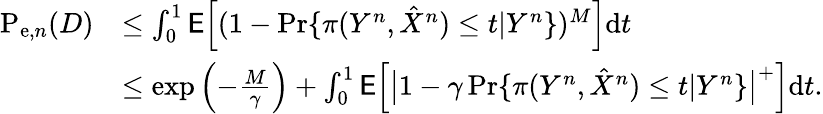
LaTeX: \begin{array}{rl}{\mathrm{P}_{\mathrm{e},n}(D)}&{\leq\int_{0}^{1}\mathsf{E}\Big[(1-\operatorname*{Pr}\{ \pi(Y^{n},\hat{X}^{n})\leq t|Y^{n}\} )^{M}\Big]\mathrm{d}t}\\ &{\leq\exp\left(-\frac{M}{\gamma}\right)+\int_{0}^{1}\mathsf{E}\Big[\big|1-\gamma\operatorname*{Pr}\{ \pi(Y^{n},\hat{X}^{n})\leq t|Y^{n}\} \big|^{+}\Big]\mathrm{d}t.}\end{array}